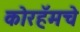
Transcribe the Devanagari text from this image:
कोरहॅमचे